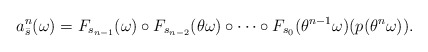
\begin{align*}a_{\bar s}^n(\omega) =F_{s _{n-1}} (\omega)\circ F_{s _{n-2}}(\theta \omega) \circ \cdots \circ F_{s_0}(\theta ^{n-1}\omega)(p(\theta ^n\omega)).\end{align*}